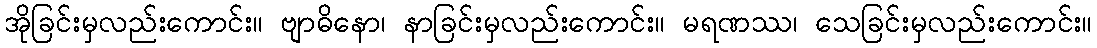
အိုခြင်းမှလည်းကောင်း။ ဗျာဓိနော၊ နာခြင်းမှလည်းကောင်း။ မရဏဿ၊ သေခြင်းမှလည်းကောင်း။